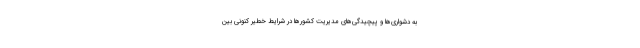
به دشواری‌ها و پیچیدگی‌های مدیریت کشورها در شرایط خطیر کنونی بین‌